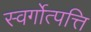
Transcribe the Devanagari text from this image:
स्वर्गोत्पत्ति